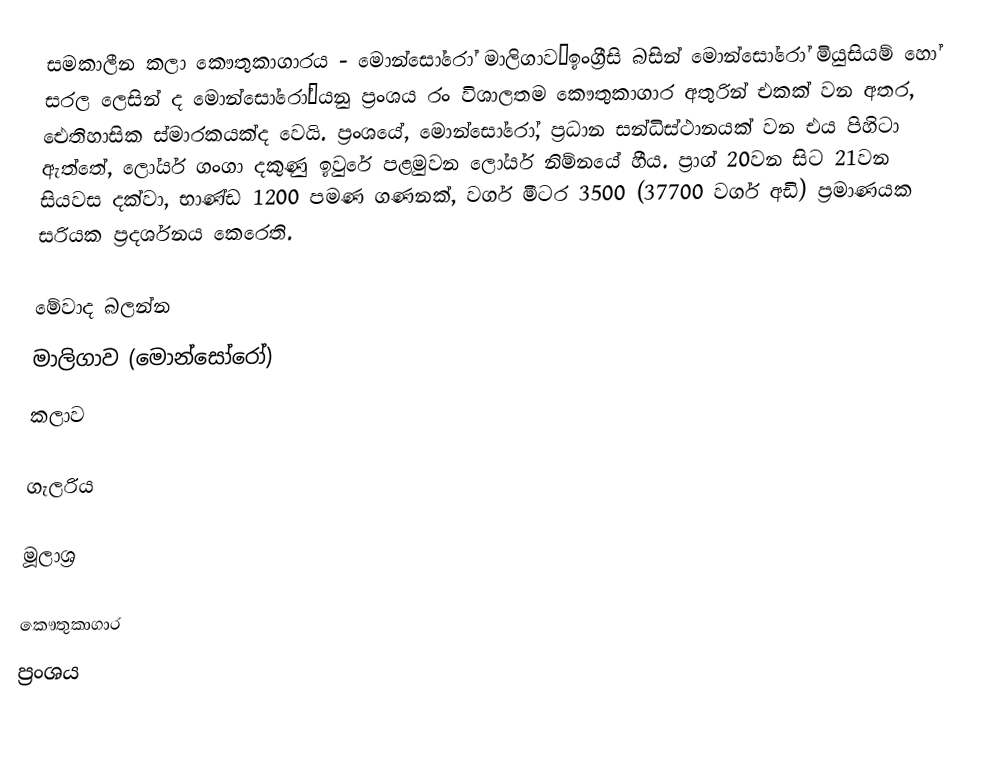
සමකාලීන කලා කෞතුකාගාරය - මොන්සෝරෝ මාලිගාව—ඉංග්‍රීසි බසින් මොන්සෝරෝ මියුසියම් හෝ සරල ලෙසින් ද මොන්සෝරෝ—යනු ප්‍රංශය රං විශාලතම කෞතුකාගාර අතුරින් එකක් වන අතර, ඓතිහාසික ස්මාරකයක්ද වෙයි. ප්‍රංශයේ, මොන්සෝරෝ, ප්‍රධාන සන්ධිස්ථානයක් වන එය පිහිටා ඇත්තේ, ලෝයර් ගංගා දකුණු ඉවුරේ පළමුවන ලෝයර් නිම්නයේ හීය. ප්‍රාග් 20වන සිට 21වන සියවස දක්වා, භාණ්ඩ 1200 පමණ ගණනක්, වර්ග මීටර 3500 (37700 වර්ග අඩි) ප්‍රමාණයක සරියක ප්‍රදර්ශනය කෙරෙති.

මේවාද බලන්න
මාලිගාව (මොන්සෝරෝ)
 කලාව

ගැලරිය

මූලාශ්‍ර

කෞතුකාගාර
ප්‍රංශය